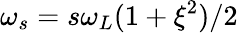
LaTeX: \omega_{s}=s\omega_{L}(1+\xi^{2})/2